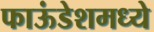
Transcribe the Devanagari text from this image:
फाऊंडेशमध्ये